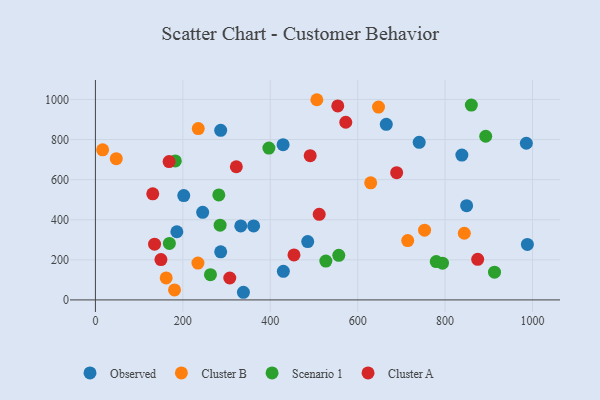
{"axis": {"x": "Experience", "y": "Profit"}, "legend": ["Cluster A", "Cluster B", "Observed", "Scenario 1"], "data": [{"x": "740.8", "y": 786.2, "type": "Observed"}, {"x": "338.6", "y": 38.1, "type": "Observed"}, {"x": "665.5", "y": 876.0, "type": "Observed"}, {"x": "429.4", "y": 774.6, "type": "Observed"}, {"x": "485.7", "y": 290.8, "type": "Observed"}, {"x": "430.0", "y": 142.6, "type": "Observed"}, {"x": "245.4", "y": 437.1, "type": "Observed"}, {"x": "849.3", "y": 469.9, "type": "Observed"}, {"x": "286.6", "y": 239.7, "type": "Observed"}, {"x": "332.6", "y": 369.0, "type": "Observed"}, {"x": "362.0", "y": 369.0, "type": "Observed"}, {"x": "286.6", "y": 845.9, "type": "Observed"}, {"x": "202.1", "y": 520.3, "type": "Observed"}, {"x": "988.3", "y": 276.8, "type": "Observed"}, {"x": "186.3", "y": 340.1, "type": "Observed"}, {"x": "985.9", "y": 781.6, "type": "Observed"}, {"x": "838.4", "y": 722.6, "type": "Observed"}, {"x": "47.7", "y": 704.4, "type": "Cluster B"}, {"x": "714.5", "y": 296.1, "type": "Cluster B"}, {"x": "181.0", "y": 49.6, "type": "Cluster B"}, {"x": "16.5", "y": 748.5, "type": "Cluster B"}, {"x": "844.0", "y": 332.5, "type": "Cluster B"}, {"x": "234.6", "y": 183.8, "type": "Cluster B"}, {"x": "235.3", "y": 854.5, "type": "Cluster B"}, {"x": "161.9", "y": 109.8, "type": "Cluster B"}, {"x": "753.1", "y": 347.9, "type": "Cluster B"}, {"x": "647.7", "y": 961.7, "type": "Cluster B"}, {"x": "629.8", "y": 584.0, "type": "Cluster B"}, {"x": "506.6", "y": 998.6, "type": "Cluster B"}, {"x": "169.2", "y": 282.0, "type": "Scenario 1"}, {"x": "794.1", "y": 183.4, "type": "Scenario 1"}, {"x": "263.2", "y": 126.1, "type": "Scenario 1"}, {"x": "893.0", "y": 816.5, "type": "Scenario 1"}, {"x": "396.9", "y": 757.6, "type": "Scenario 1"}, {"x": "182.8", "y": 693.2, "type": "Scenario 1"}, {"x": "282.3", "y": 523.9, "type": "Scenario 1"}, {"x": "285.3", "y": 373.0, "type": "Scenario 1"}, {"x": "527.2", "y": 193.9, "type": "Scenario 1"}, {"x": "556.8", "y": 222.2, "type": "Scenario 1"}, {"x": "860.1", "y": 972.0, "type": "Scenario 1"}, {"x": "779.8", "y": 191.2, "type": "Scenario 1"}, {"x": "913.1", "y": 138.4, "type": "Scenario 1"}, {"x": "874.6", "y": 202.3, "type": "Cluster A"}, {"x": "322.4", "y": 664.3, "type": "Cluster A"}, {"x": "491.4", "y": 719.4, "type": "Cluster A"}, {"x": "307.4", "y": 109.4, "type": "Cluster A"}, {"x": "512.0", "y": 426.8, "type": "Cluster A"}, {"x": "572.8", "y": 886.2, "type": "Cluster A"}, {"x": "689.2", "y": 634.5, "type": "Cluster A"}, {"x": "149.9", "y": 201.2, "type": "Cluster A"}, {"x": "131.2", "y": 529.3, "type": "Cluster A"}, {"x": "135.3", "y": 278.2, "type": "Cluster A"}, {"x": "454.3", "y": 224.2, "type": "Cluster A"}, {"x": "554.5", "y": 967.8, "type": "Cluster A"}, {"x": "168.6", "y": 690.0, "type": "Cluster A"}]}